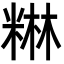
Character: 𮇥